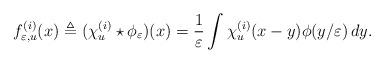
LaTeX: \begin{align*}f^{(i)}_{\varepsilon, u}(x) \triangleq (\chi^{(i)}_u\star\phi_\varepsilon)(x) = \frac{1}{\varepsilon}\int \chi^{(i)}_u(x-y)\phi(y/\varepsilon)\,dy.\end{align*}